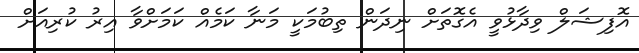
އޮފިޝަލް ވިދާޅުވީ އެގޮތަށް ނިދަން ތިބުމަކީ މަނާ ކަމެއް ކަމަށްވާ އިރު ކުރިއަށް